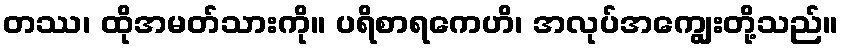
တဿ၊ ထိုအမတ်သားကို။ ပရိစာရကေဟိ၊ အလုပ်အကျွေးတို့သည်။